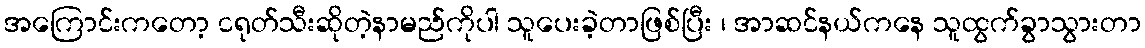
အကြောင်းကတော့ ငရုတ်သီးဆိုတဲ့နာမည်ကိုပါ သူပေးခဲ့တာဖြစ်ပြီး ၊ အာဆင်နယ်ကနေ သူထွက်ခွာသွားတာ